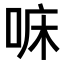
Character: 𠳹